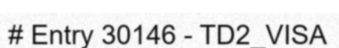
# Entry 30146 - TD2_VISA